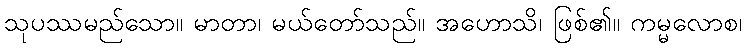
သုပဿမည်သော။ မာတာ၊ မယ်တော်သည်။ အဟောသိ၊ ဖြစ်၏။ ကမ္မလောစ၊